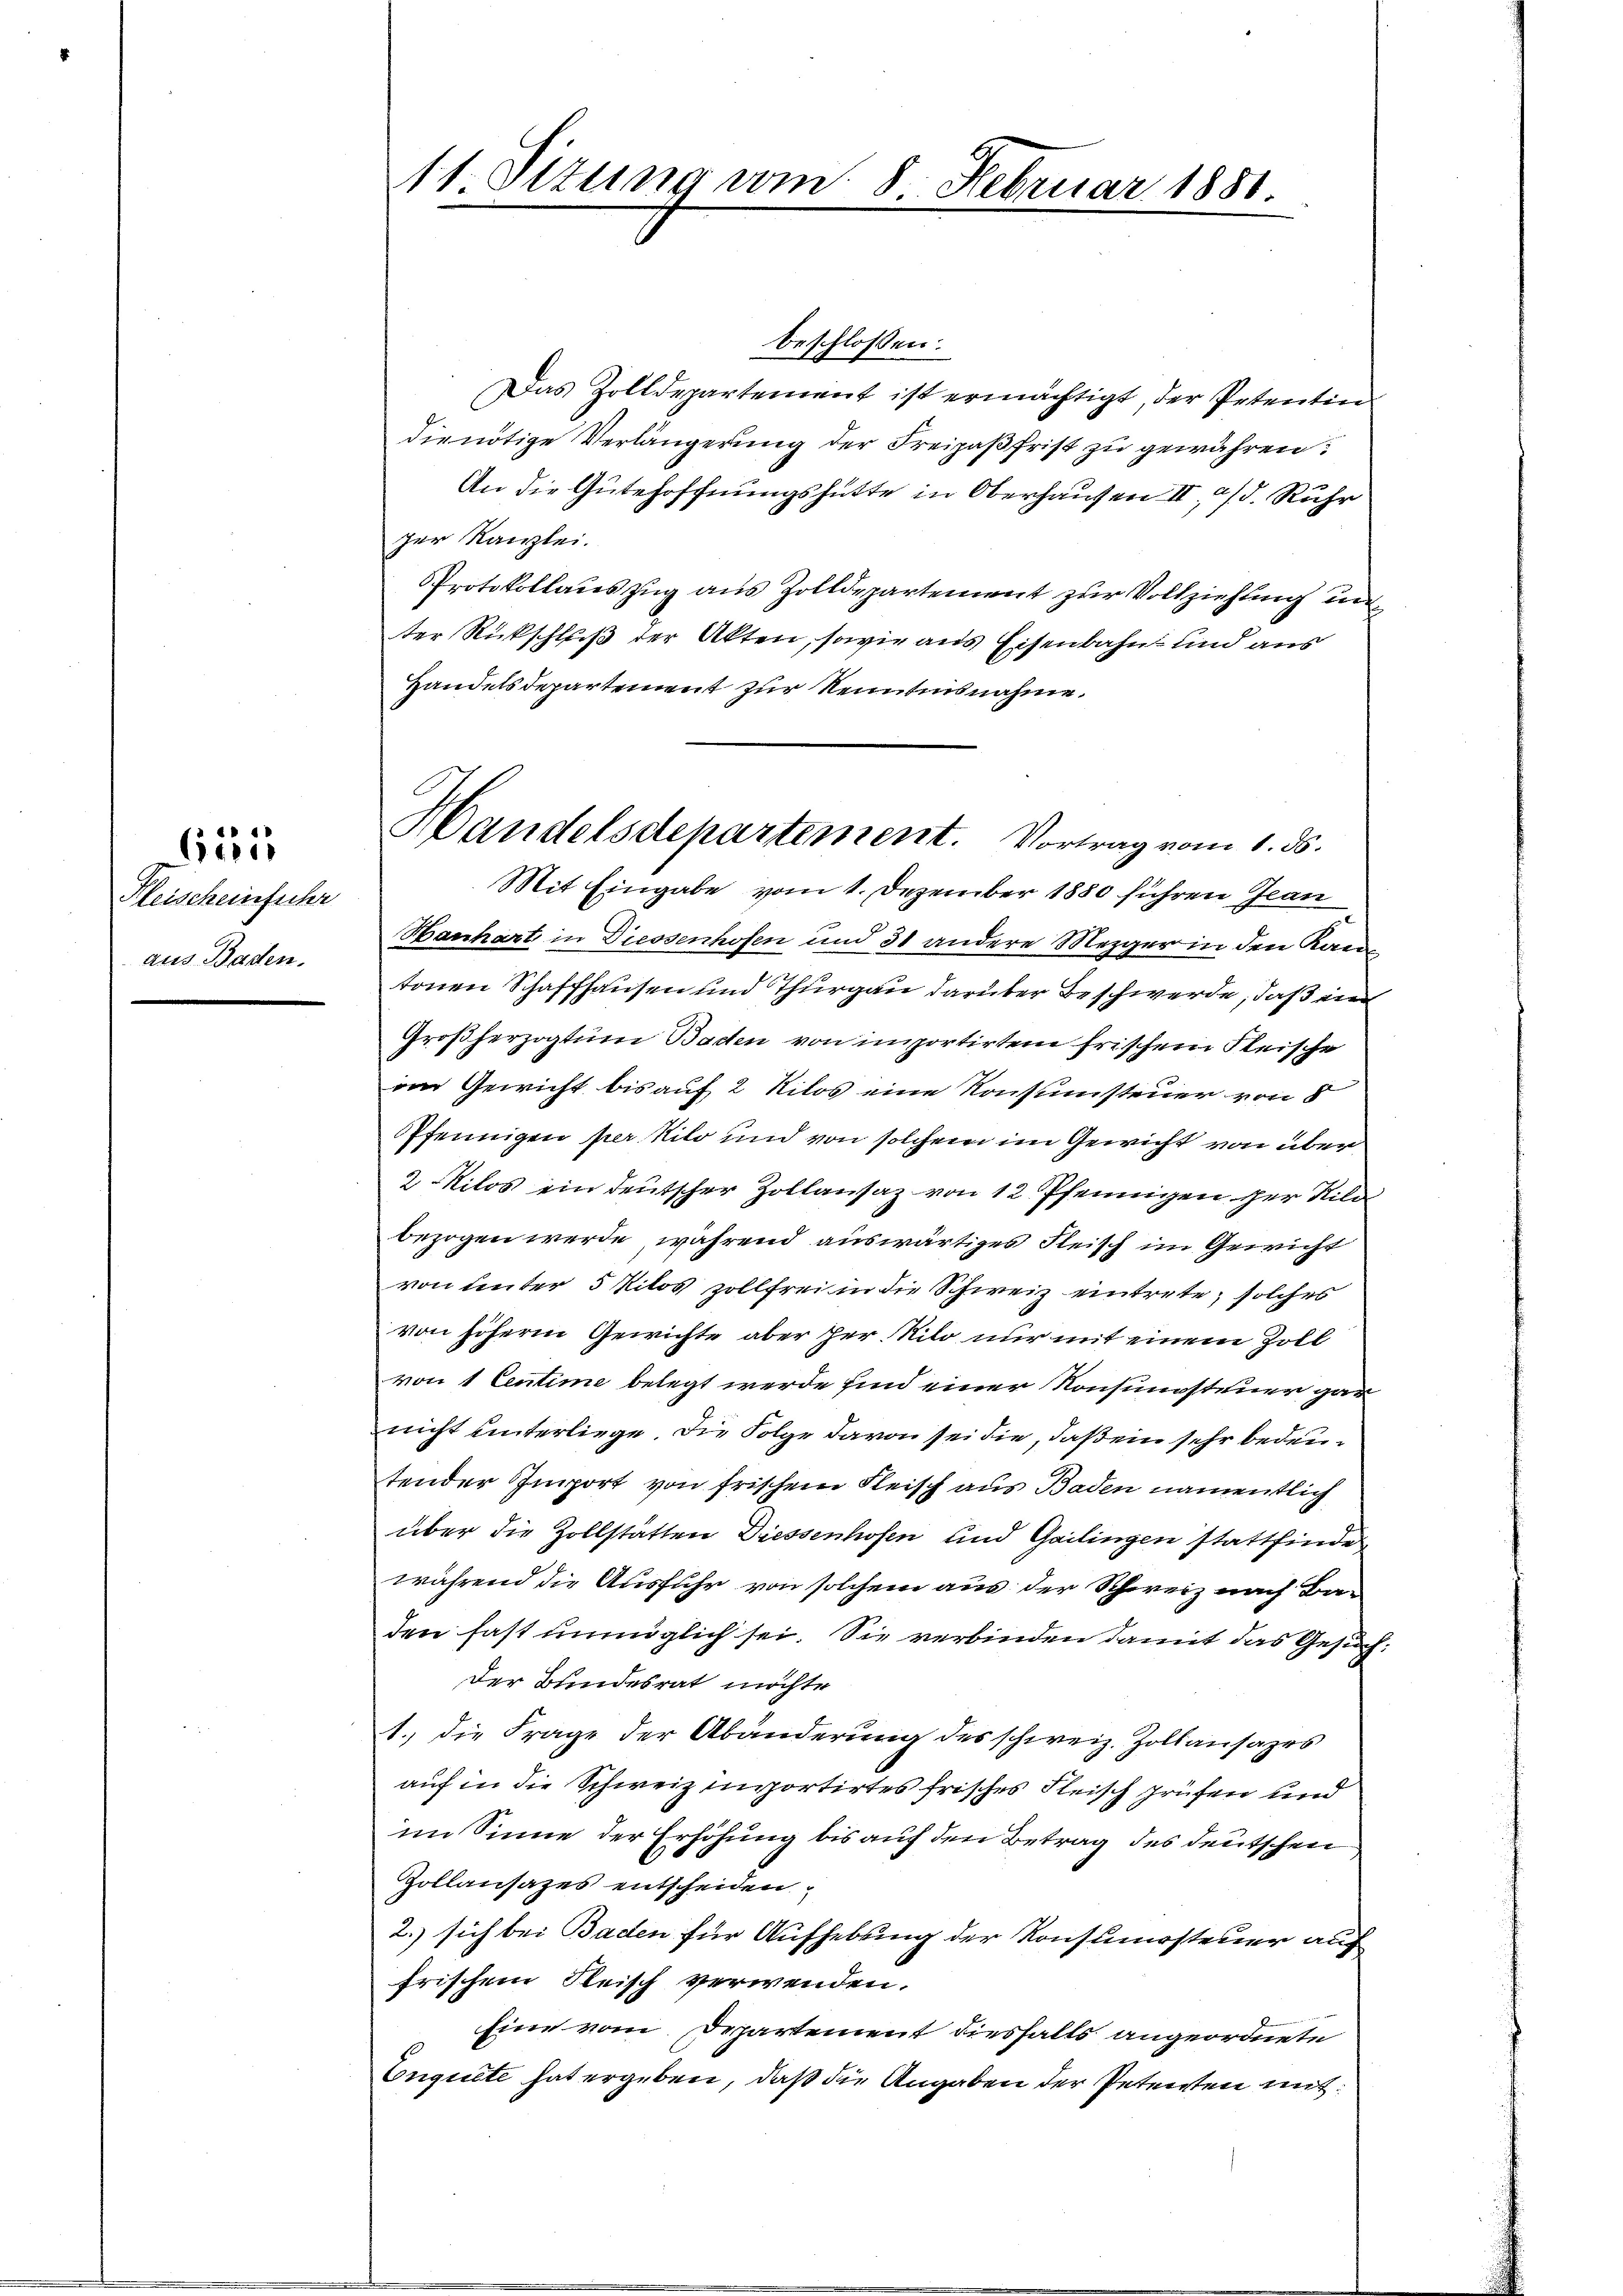
Fleischeinführ
aus Baden.

6551

11. Sizung vom 8. Februar 1880

beschlossen:
Das Zolldepartement ist ermächtigt, der Petentin
die nötige Verlängerung der Freipaßfrist zu gewähren:
An die Gutehoffnungshütte in Oberhausen II. a/d. Ruhr
zer Kanzlei.
Protokollauszug aus Zolldepartement zur Vollziehung un
ter Rückschluß der Akten, sowie aus Eisenbahn und aus
Handelsdepartement zur Kenntnisnahme.

Handelsdepartement. Vortrag vom 1. ds.

Mit Eingabe vom 1. Dezember 1880 führen Jean
Hanhart in Diessenhofen und 31 andere Mezger in den Kan
tonen Schaffhausen und Thurgau darüber Beschwerde, daß ein
Großherzogtum Baden von importirten frischein Fleische
in Gewicht bis auf 2 Kilos eine Konsumsteuer von 8
Pfennigen per Kilo und von solchem im Gewicht von über
2 Milos ein deutscher Zollansaz von 12 Pfennigen der Bild
bezogen werde, während auswärtiges Fleisch im Gewicht
von unter 5 Kilos zollfrei in die Schweiz eintrete, solches
von höhern Gewichte aber her Milo nur mit einem Zoll
von 1 Centime belegt werde sind einer Konsunsteuer gar
nicht unterliege. Die Folge davon sei die, daß ein sehr bedeutender Import von frischem Fleisch aus Baden namentlich
über die Zollstätten Diessenhofen und Gailingen stattfinde
während die Ausfuhr von solchem aus der Schweiz nach Ba-
den fast unmöglich sei. Sie verbinden damit das Gesuch:
Der Bundesrat möchte
1.) die Frage der Abänderung des schweiz. Zollansazes
auf in die Schweiz importirtes frisches Fleisch prüfen und
im Sinne der Erhöhung bis auf den Betrag des deutschen
Zollansazes entscheiden
2.) sich bei Baden für Aufhebung der Konsumssteuer auf
frischem Fleisch verwenden.
Eine vom Departement diesfalls angeordnete
Enquete hat ergeben, daß die Angaben der Petenten mit¬